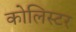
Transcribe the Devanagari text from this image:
कोलिस्टर